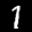
Label: 1